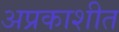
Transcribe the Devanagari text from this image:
अप्रकाशीत